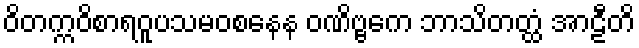
ဝိတက္ကဝိစာရဝူပသမဝစနေန ဝဏိဗ္ဗကေ ဘာသိတတ္ထံ အာဠီတိ